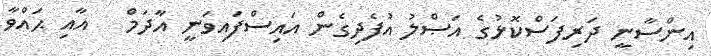
އިންސާނީ ދަރިފަސްކޮޅުގެ އަޞްލު އުފެދިގެން އައިސްފައިވަނީ އާދަމް   އާއި ޙައްވާ